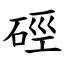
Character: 硜